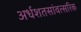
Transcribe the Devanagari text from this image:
अर्धशतसांवत्सरिक